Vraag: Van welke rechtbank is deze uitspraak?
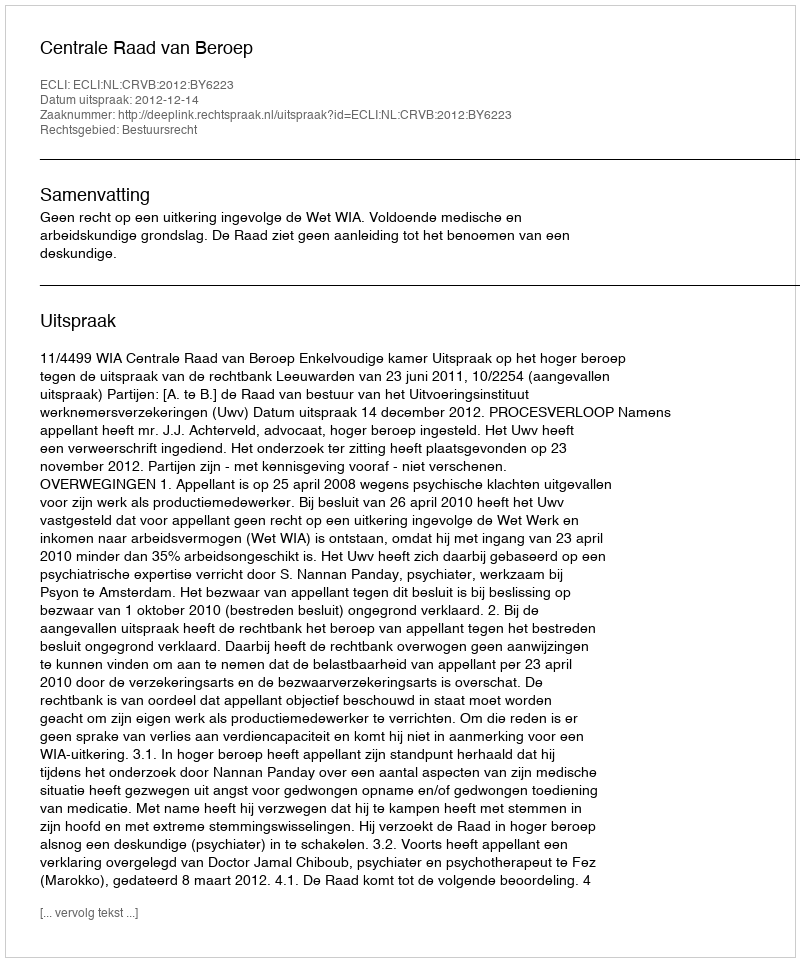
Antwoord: Centrale Raad van Beroep